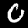
Label: 0